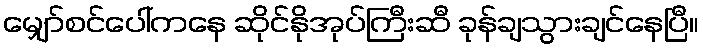
မျှော်စင်ပေါ်ကနေ ဆိုင်နိုအုပ်ကြီးဆီ ခုန်ချသွားချင်နေပြီ။